Senior Leaving Certificate, 1939
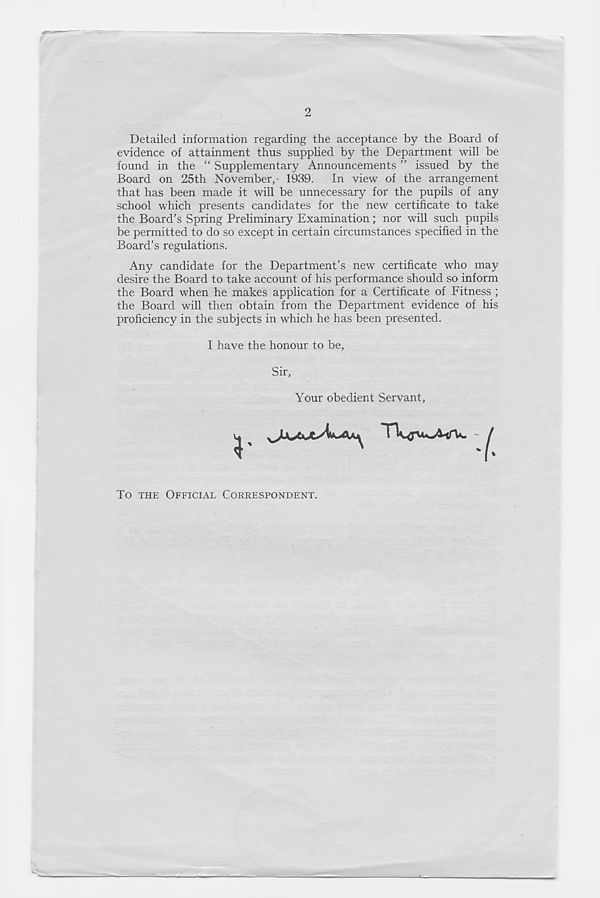
2
Detailed information regarding the acceptance by the Board of
evidence of attainment thus supplied by the Department will be
found in the “ Supplementary Announcements ” issued by the
Board on 25th November, 1939. In view of the arrangement
that has been made it will be unnecessary for the pupils of any
school which presents candidates for the new certificate to take
the Board's Spring Preliminary Examination; nor will such pupils
be permitted to do so except in certain circumstances specified in the
Board’s regulations.
Any candidate for the Department’s new certificate who may
desire the Board to take account of his performance should so inform
the Board when he makes application for a Certificate of Fitness ;
the Board will then obtain from the Department evidence of his
proficiency in the subjects in which he has been presented.
I have the honour to be,
Sir,
Your obedient Servant,
-I-
To THE OFFICIAL CORRESPONDENT.